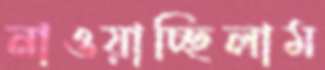
নাওয়াচ্ছিলাম